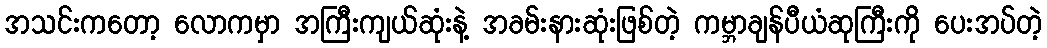
အသင်းကတော့ လောကမှာ အကြီးကျယ်ဆုံးနဲ့ အခမ်းနားဆုံးဖြစ်တဲ့ ကမ္ဘာချန်ပီယံဆုကြီးကို ပေးအပ်တဲ့